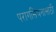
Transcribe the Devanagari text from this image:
परागसिंचनासाठी